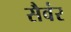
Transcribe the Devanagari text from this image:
सैवंर